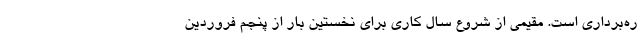
ره‌برداری است. مقیمی از شروع سال کاری برای نخستین بار از پنجم فروردین